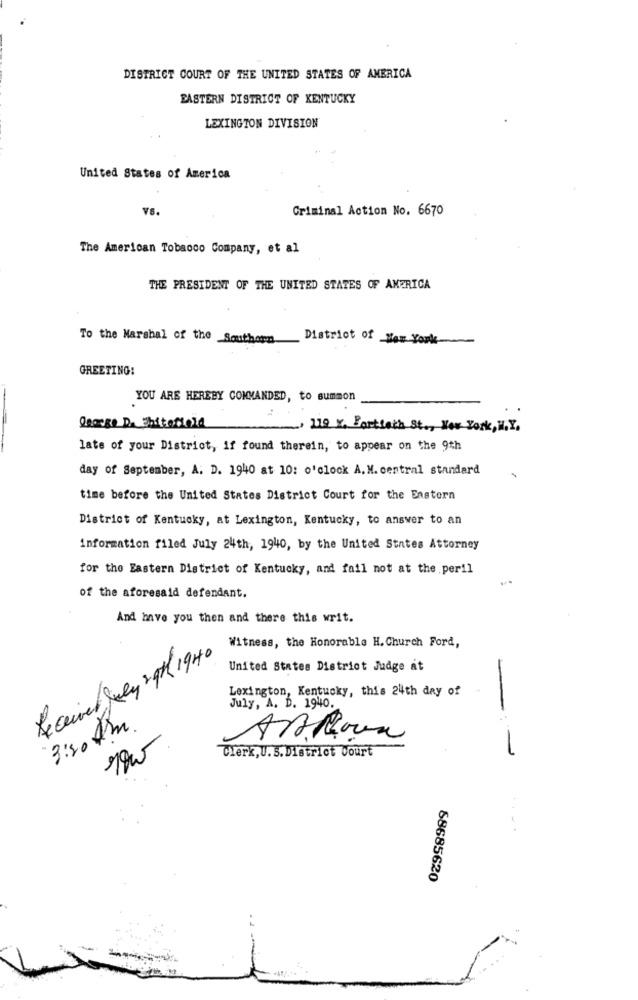
DISTRICT COURT OF THE UNITED STATES OF AMERICA
EASTERN DISTRICT OF KENTUCKY
LEXINGTON DIVISION
United States of America
VS.
Criminal Action No. 6670
The American Tobacco Company, et al
THE PRESIDENT OF THE UNITED STATES OF AMERICA
To the Marshal of the Southern
District of How Youl
GREETING:
YOU ARE HEREBY COMMANDED, to summon
George D. Unitofield
119 X, Partiach St ., New York, H.Y.
late of your District, if found therein, to appear on the 9th
day of September, A. D. 1940 at 10: o'clock A. N. central standard
time before the United States District Court for the Enstern
District of Kentucky, at Lexington, Kentucky, to answer to an
information filed July 24th, 1940, by the United States Attorney
for the Eastern District of Kentucky, and fail not at the peril
of the aforesaid defendant.
And have you then and there this writ.
Witness, the Honorable H. Church Ford,
Received July 9th 1940
United States District Judge at
Lexington, Kentucky, this 24th day of
July, A. D. 1940.
3:30 Am.
Clerk,U. S. District Court
--
88685620